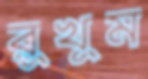
রুখুম